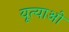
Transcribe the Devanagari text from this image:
यूत्याओ